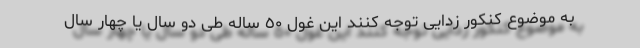
به موضوع کنکور زدایی توجه کنند این غول ٥٠ ساله طی دو سال یا چهار سال